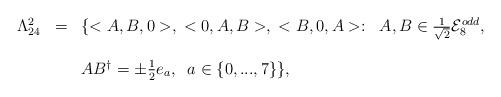
LaTeX: \begin{align*}\begin{array}{lll}\Lambda_{24}^{2} &=& \{<A,B,0>,\; <0,A,B>,\; <B,0,A>: \; \; A,B \in \frac{1}{\sqrt{2}}{\cal E}_{8}^{odd}, \\ \\&& AB^{\dagger} =\pm\frac{1}{2}e_{a}, \; \; a\in \{0,...,7\}\},\end{array}\end{align*}